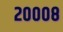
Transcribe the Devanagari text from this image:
२०००८